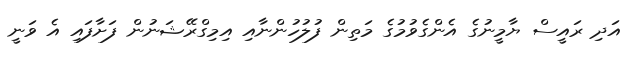
އަދި ރައީސް ޔާމީނުގެ އެންގެވުމުގެ މަތިން ފުލުހުންނާއި އިމިގްރޭޝަނުން ފަށާފައި އެ ވަނީ